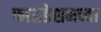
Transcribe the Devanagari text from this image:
फाऊडेशनच्या